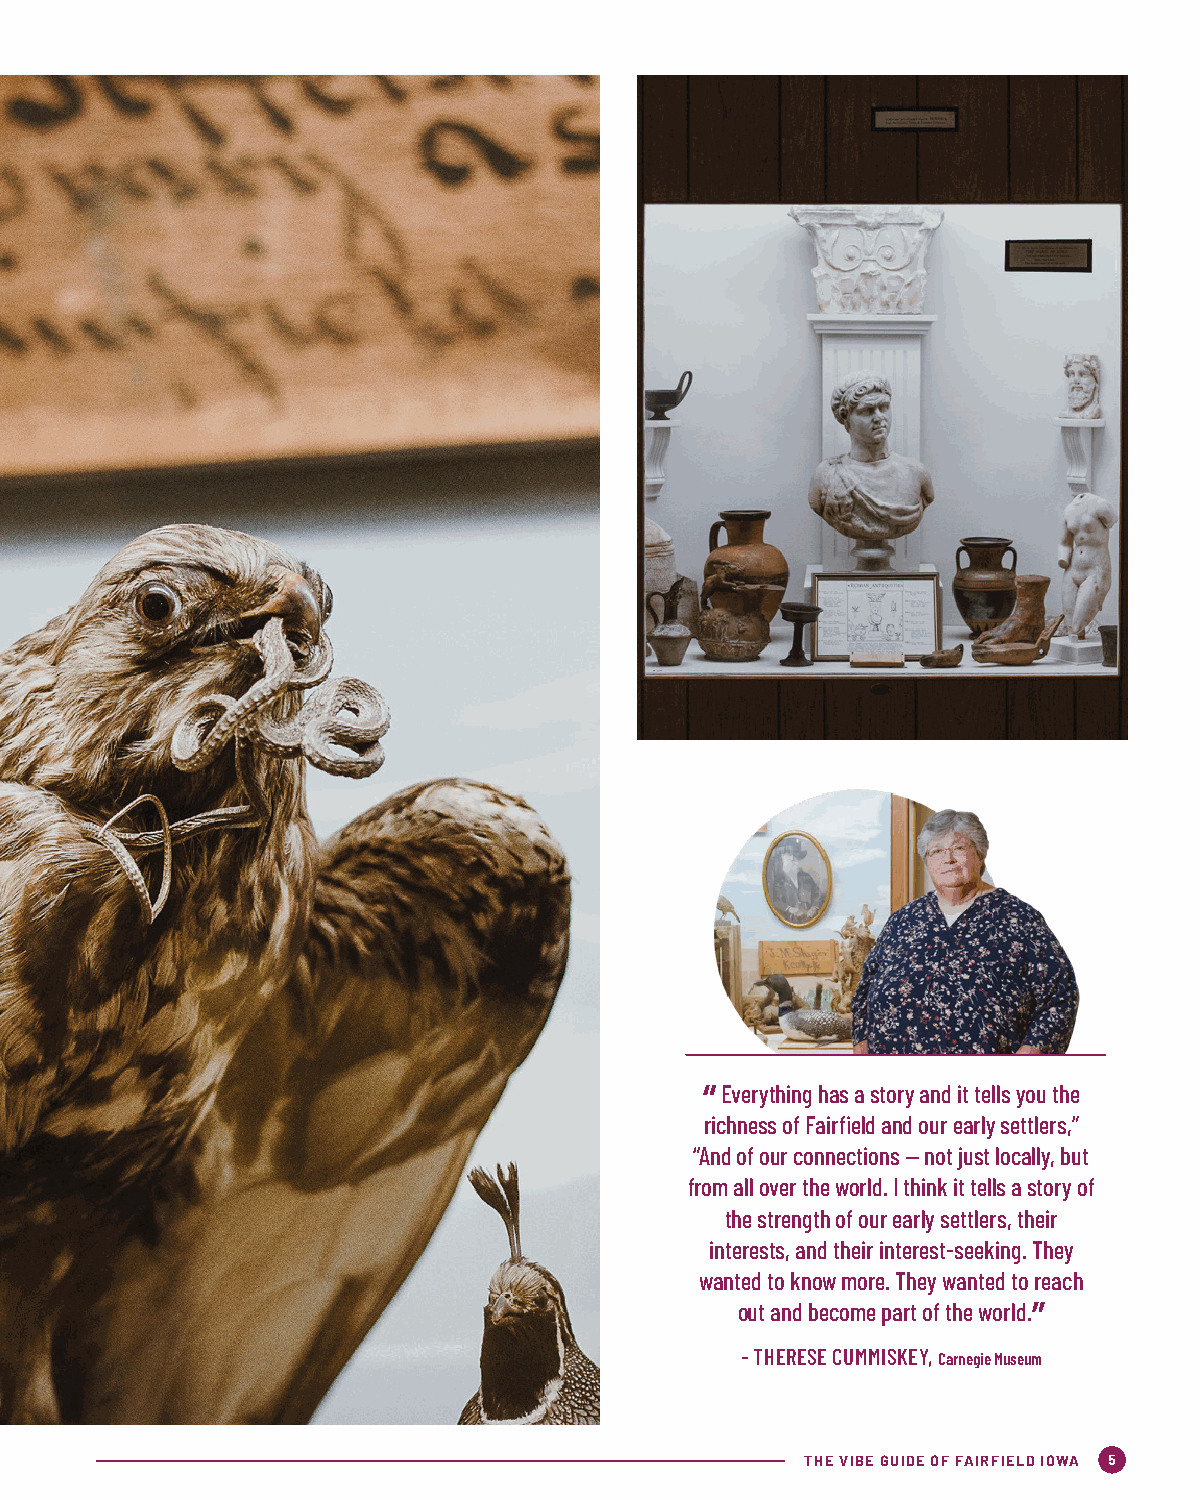
“Everything has a story and it tells you the
 richness of Fairfield and our early settlers,”
 “And of our connections — not just locally, but
 from all over the world. I think it tells a story of
 the strength of our early settlers, their
 interests, and their interest-seeking. They
 wanted to know more. They wanted to reach
 out and become part of the world.”
 - THERESE CUMMISKEY, Carnegie Museum
 THE VIBE GUIDE OF FAIRFIELD IOWA 5